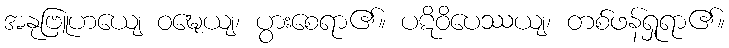
အနုဗြူဟယျေ ဝဍ္ဎေယျ၊ ပွားစေရာ၏။ ပဋိဝိပေဿယျ၊ တစ်ဖန်ရှုရာ၏။